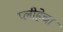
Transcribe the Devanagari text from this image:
प्लीहेचा